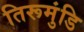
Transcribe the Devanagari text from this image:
तिरूमुंडि